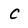
Character: C